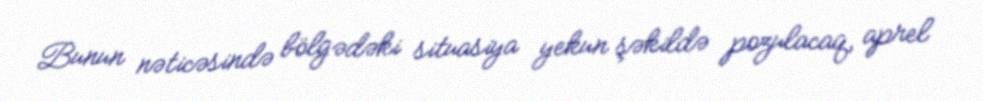
Bunun nəticəsində bölgədəki situasiya yekun şəkildə pozulacaq, aprel